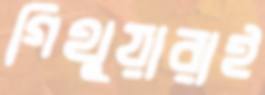
গিথুয়ারাই